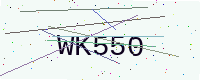
Text: WK550